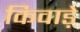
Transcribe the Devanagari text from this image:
किवाड़े